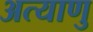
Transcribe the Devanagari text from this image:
अत्याणु